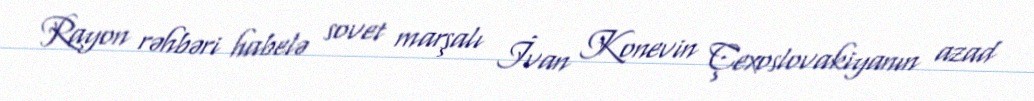
Rayon rəhbəri habelə sovet marşalı İvan Konevin Çexoslovakiyanın azad